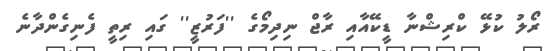
ރޯލު ކުޅޭ ކްރިޝްނާ ޑީކޭއާއި ރާޖް ނިދިމޯގެ ''ފަރުޒީ'' ގައި ރިތީ ފެނިގެންދާނެ